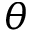
\theta